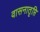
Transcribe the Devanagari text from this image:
वासनातृप्ति